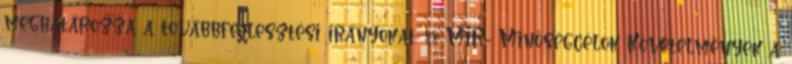
meghatározza a továbbfejlesztési irányokat. 88 MIR- Minőségcélok Követelmények a